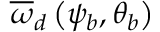
\overline { { \omega } } _ { d } \left( \psi _ { b } , \theta _ { b } \right)